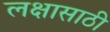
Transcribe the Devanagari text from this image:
लक्षासाठी